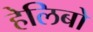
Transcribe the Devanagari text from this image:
हेलिबो